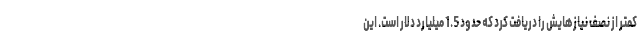
کمتر از نصف نیازهایش را دریافت کرد که حدود 1.5 میلیارد دلار است. این